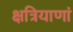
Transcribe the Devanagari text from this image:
क्षत्रियाणां